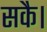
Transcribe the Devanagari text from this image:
सकै।